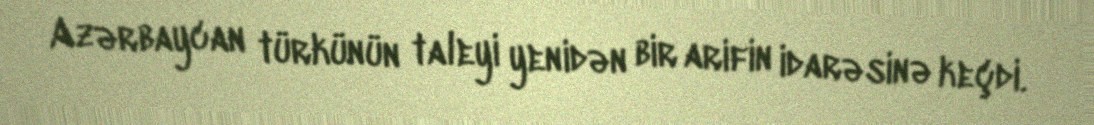
Azərbaycan türkünün taleyi yenidən bir arifin idarəsinə keçdi.